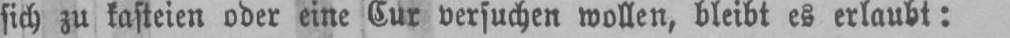
sich zu kasteien oder eine Cur versuchen wollen, bleibt es erlaubt: